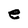
Character: e